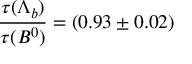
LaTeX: \frac { \tau ( \Lambda _ { b } ) } { \tau ( B ^ { 0 } ) } = ( 0 . 9 3 \pm 0 . 0 2 )